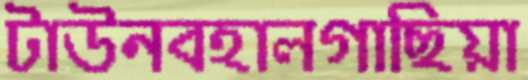
টাউনবহালগাছিয়া